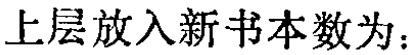
上层放入新书本数为：